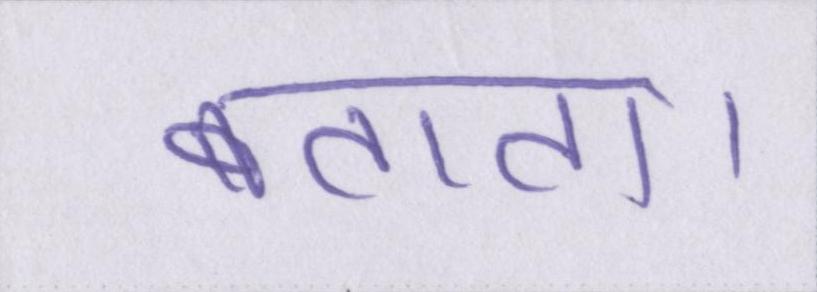
बताता।